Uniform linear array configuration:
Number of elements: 24
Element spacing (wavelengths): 0.5
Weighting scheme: uniform
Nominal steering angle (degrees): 15
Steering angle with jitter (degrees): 13.368
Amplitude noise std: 0.05
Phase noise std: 0.05

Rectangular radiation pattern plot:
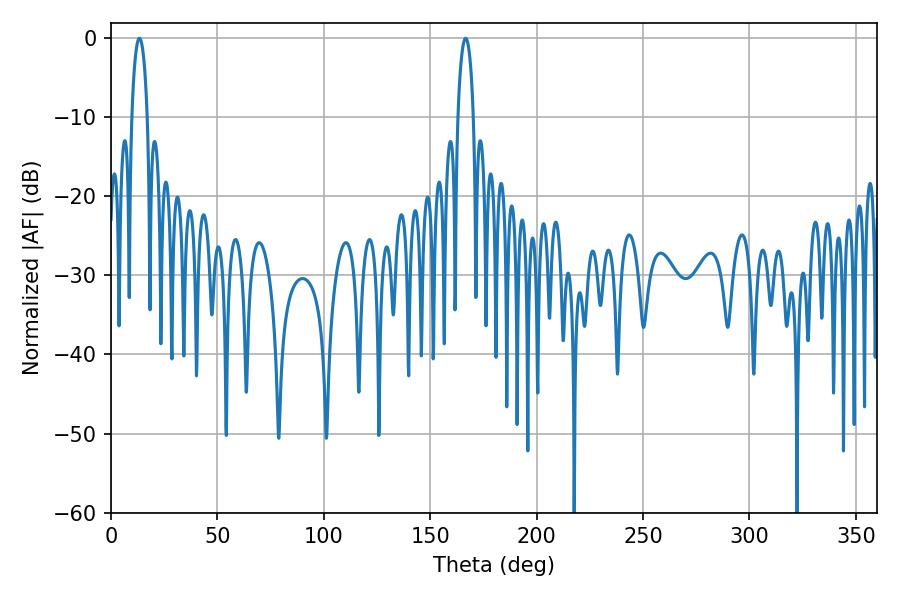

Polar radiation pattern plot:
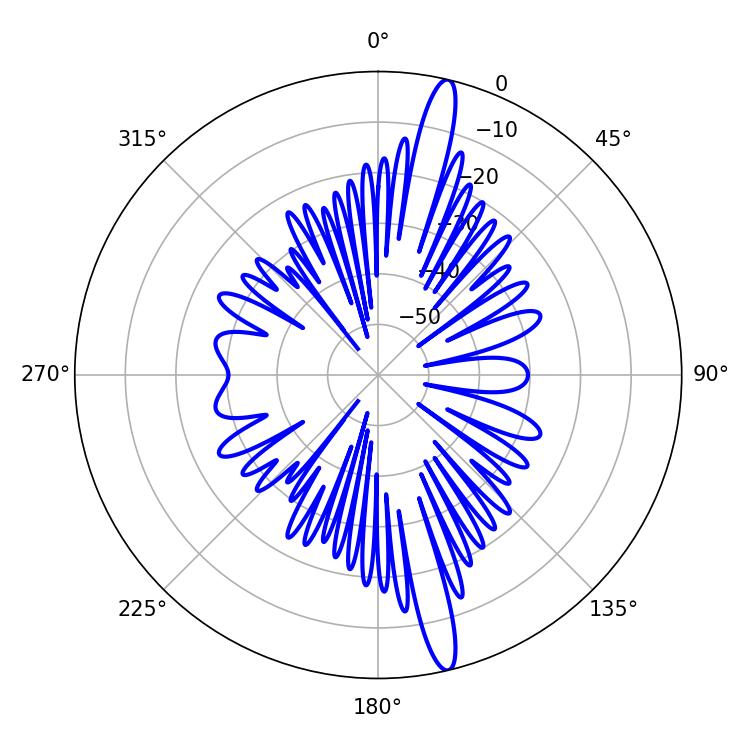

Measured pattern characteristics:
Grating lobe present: FALSE
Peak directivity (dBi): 17.188
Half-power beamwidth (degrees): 4.14
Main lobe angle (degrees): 13.32